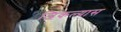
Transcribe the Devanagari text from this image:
जिंकल्यास